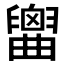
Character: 𦦤